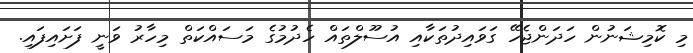
މި ކޮމިޝަނުން ހަދަންޖެހޭ ގަވައިދުތަކާއި އުސޫލްތައް ހެދުމުގެ މަސައްކަތް މިހާރު ވަނީ ފަށައިފައި.